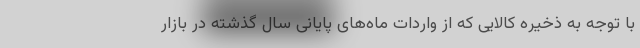
با توجه به ذخیره کالایی که از واردات ماه‌های پایانی سال گذشته در بازار